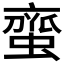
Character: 𮔰